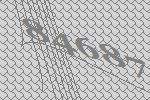
84687